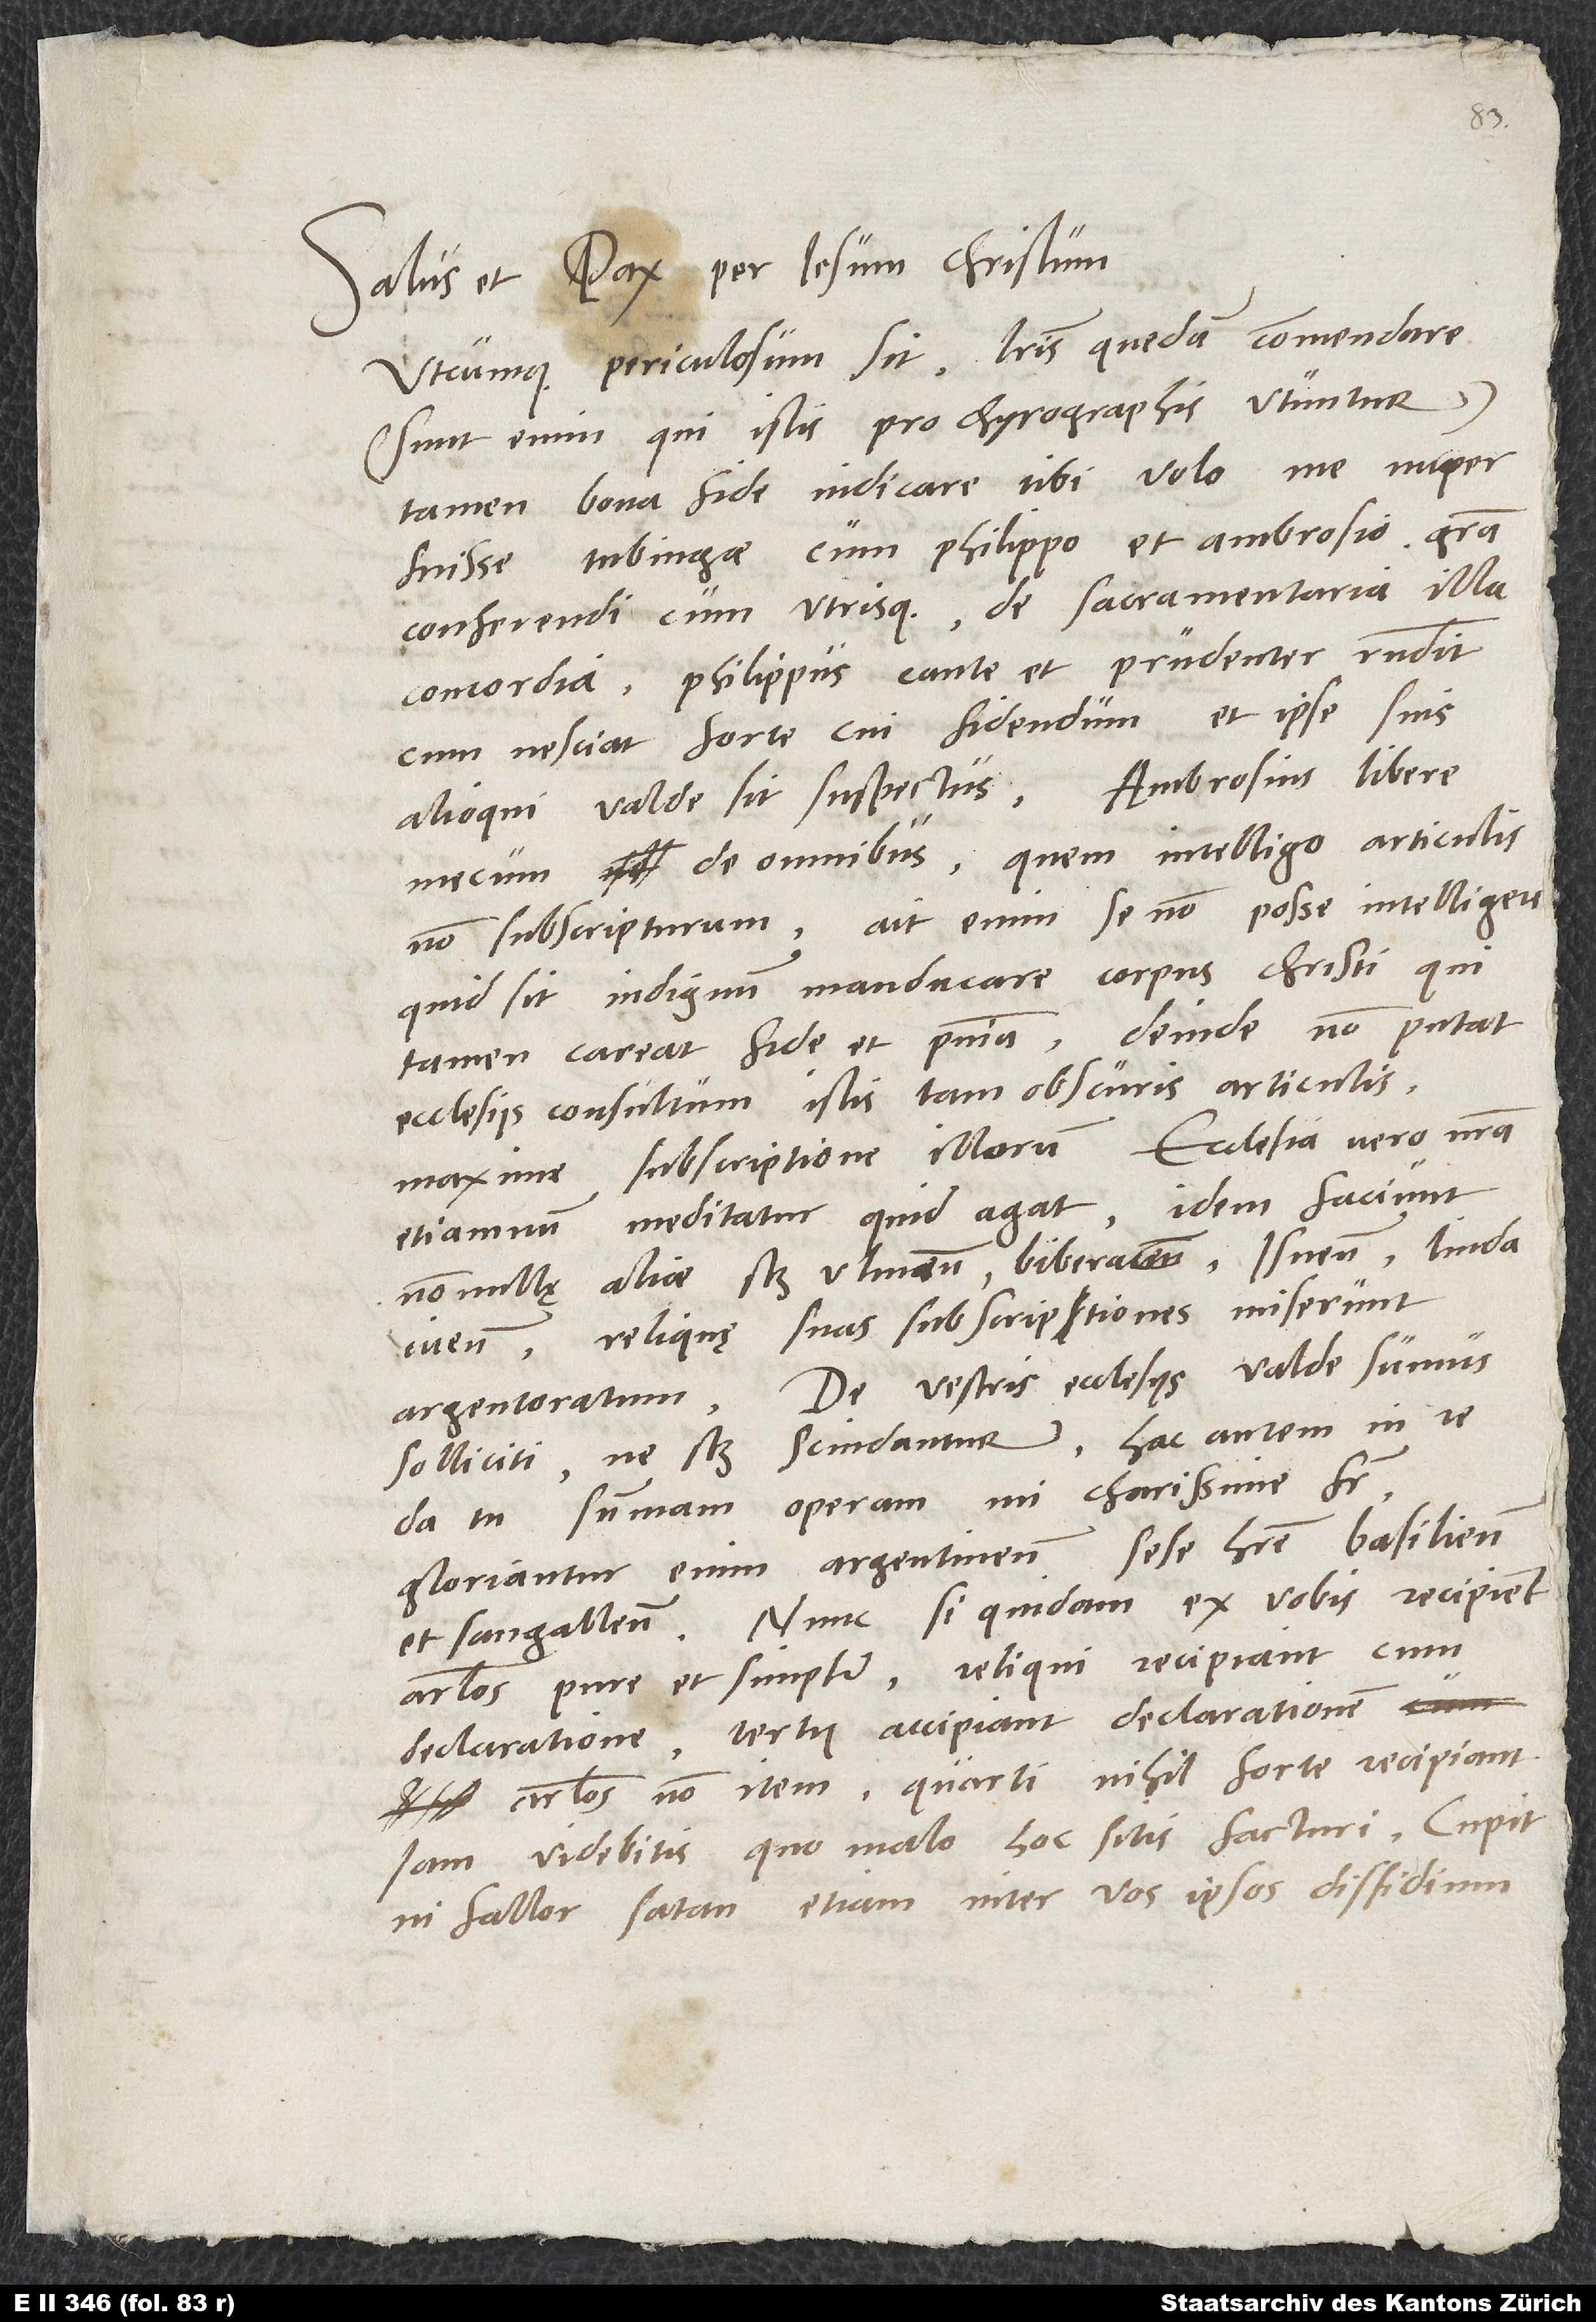
Salus et pax per Iesum Christum.
Utcumque periculosum sit literis quedam commendare
enim, qui istis pro chyrographis utuntur)
tamen bona fide indicare tibi volo me
fuisse Tubingae cum Philippo et Ambrosio gratia
concordia. Philippus caute et prudenter respondit,
alioqui valde sit suspectus. Ambrosius libere
mecum de omnibus. Quem intelligo articulis
quid sit indignum manducare corpus Christi, qui
maxime subscriptione illorum. Ecclesia vero nostra
etiamnum meditatur, quid agat. Idem faciunt
Reliquę suas subscriptiones miserunt
da tu summam operam, mi charissime
Gloriantur enim Argentinenses sese habere Basilienses
Sangallenses. Nunc si quidam ex vobis recipient
articulos pure et simpliciter, reliqui recipiant cum
articulos non item, quarti nihil forte recipiant,
ni fallor, satan etiam inter vos ipsos dissidium.